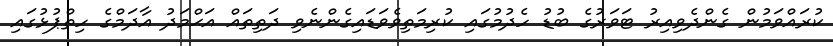
ކުރައްވަމުން ގެންދެވިއިރު ޓަވަރުގެ ބުޑު ހެދުމުގައި ކުރިމަތިވެވަޑައިގެންނެވި ދަތިތައް އަޙްމަދު އާދަމްގެ ހިތްޕުޅުގައި